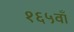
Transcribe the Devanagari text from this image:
१६५वाँ